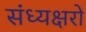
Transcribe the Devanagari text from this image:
संध्यक्षरों